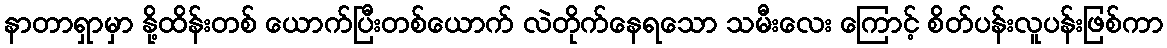
နာတာရှာမှာ နို့ထိန်းတစ် ယောက်ပြီးတစ်ယောက် လဲတိုက်နေရသော သမီးလေး ကြောင့် စိတ်ပန်းလူပန်းဖြစ်ကာ